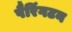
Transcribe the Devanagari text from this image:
पैरिंगटन